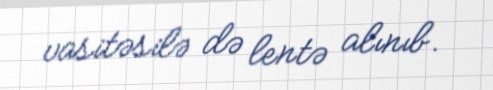
vasitəsilə də lentə alınıb.